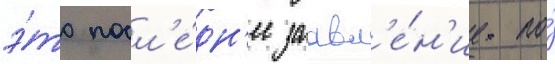
э́то посл'е́дн'ее заавл'е́н'ие по́